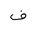
Letter: _fa